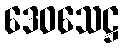
ဒေဝသေဋ္ဌ